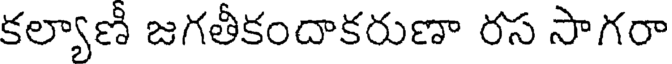
కల్యాణీ జగతీకందాకరుణా రస సాగరా